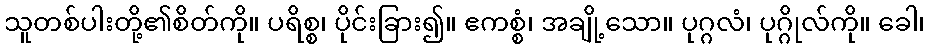
သူတစ်ပါးတို့၏စိတ်ကို။ ပရိစ္စ၊ ပိုင်းခြား၍။ ဧကစ္စံ၊ အချို့သော။ ပုဂ္ဂလံ၊ ပုဂ္ဂိုလ်ကို။ ခေါ၊